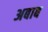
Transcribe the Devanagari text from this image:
अबाब